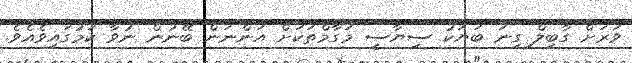
ވަރަށް ގާބިލް ގިނަ ބަޔަކު ސިޔާސީ މަގާމްތަކަށް އަންނަން ބޭނުން ނުވާ ކަމުގައިވެއެވެ.